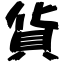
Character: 貨